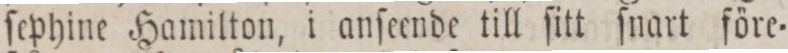
ſephine Hamilton, i anſeende till ſitt ſnart före=